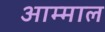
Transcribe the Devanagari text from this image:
आम्माल